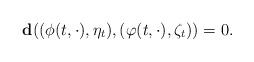
LaTeX: \begin{align*} \mathbf{d}((\phi(t,\cdot),\eta_t),(\varphi(t,\cdot),\zeta_t))=0. \end{align*}